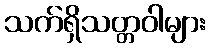
သက်ရှိသတ္တဝါများ